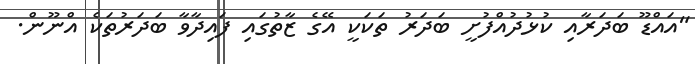
"އައްޑޫ ބަދަރާއި ކުޅުދުއްފުށީ ބަދަރު ތަކަކީ އޭގެ ޒާތުގައި ފައިދާވާ ބަދަރުތަކެ އްނޫން.